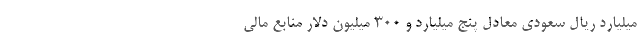
میلیارد ریال سعودی معادل پنج میلیارد و ۳۰۰ میلیون دلار منابع مالی